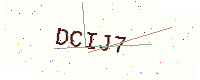
Text: DCIJ7